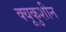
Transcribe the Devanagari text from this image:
क्यूकुशीन